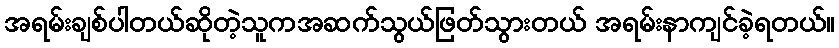
အရမ်းချစ်ပါတယ်ဆိုတဲ့သူကအဆက်သွယ်ဖြတ်သွားတယ် အရမ်းနာကျင်ခဲ့ရတယ်။